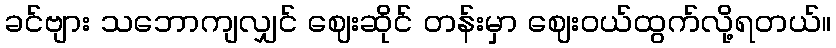
ခင်ဗျား သဘောကျလျှင် ဈေးဆိုင် တန်းမှာ ဈေးဝယ်ထွက်လို့ရတယ်။